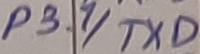
Text: P3.1/TXD